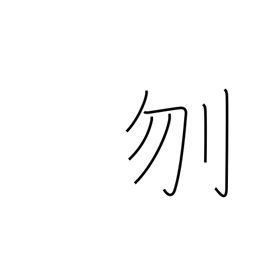
Meaning: decapitate